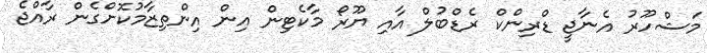
މަޝްހޫރު އެނާޖީ ޑްރިންކް ރެޑްބުލް އާއި ޔޫރޯ މާކެޓިން އިން އިންތިޒާމުކޮށްގެން ރާއްޖެ